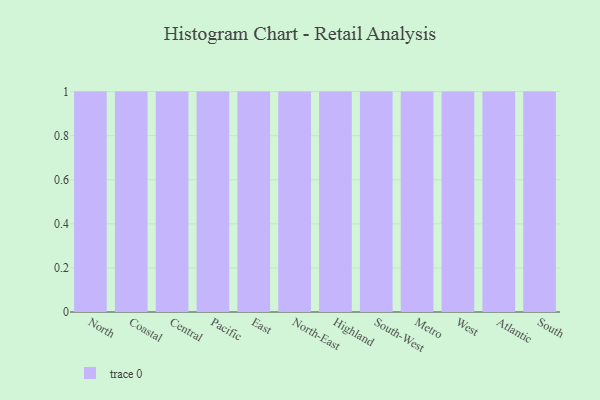
{"axis": {"x": "Region", "y": "Latency (ms)"}, "legend": [""], "data": [{"x": "North", "y": 24, "type": ""}, {"x": "Coastal", "y": 100, "type": ""}, {"x": "Central", "y": 54, "type": ""}, {"x": "Pacific", "y": 67, "type": ""}, {"x": "East", "y": 50, "type": ""}, {"x": "North-East", "y": 54, "type": ""}, {"x": "Highland", "y": 97, "type": ""}, {"x": "South-West", "y": 55, "type": ""}, {"x": "Metro", "y": 58, "type": ""}, {"x": "West", "y": 5, "type": ""}, {"x": "Atlantic", "y": 32, "type": ""}, {"x": "South", "y": 77, "type": ""}]}